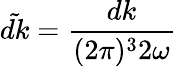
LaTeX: {\tilde{dk}}={\frac{dk}{(2\pi)^{3}2\omega}}